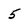
Character: 5